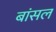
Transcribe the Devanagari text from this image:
बांसल